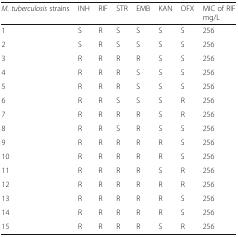
<table><thead><tr><td><b><i>M. tuberculosis</i> strains</b></td><td><b>INH</b></td><td><b>RIF</b></td><td><b>STR</b></td><td><b>EMB</b></td><td><b>KAN</b></td><td><b>OFX</b></td><td><b>MIC of RIF mg/L</b></td></tr></thead><tbody><tr><td>1</td><td>S</td><td>R</td><td>S</td><td>S</td><td>S</td><td>S</td><td>256</td></tr><tr><td>2</td><td>S</td><td>R</td><td>S</td><td>S</td><td>S</td><td>S</td><td>256</td></tr><tr><td>3</td><td>R</td><td>R</td><td>R</td><td>R</td><td>S</td><td>S</td><td>256</td></tr><tr><td>4</td><td>R</td><td>R</td><td>R</td><td>S</td><td>S</td><td>S</td><td>256</td></tr><tr><td>5</td><td>R</td><td>R</td><td>R</td><td>S</td><td>S</td><td>S</td><td>256</td></tr><tr><td>6</td><td>R</td><td>R</td><td>S</td><td>S</td><td>S</td><td>R</td><td>256</td></tr><tr><td>7</td><td>R</td><td>R</td><td>R</td><td>R</td><td>S</td><td>R</td><td>256</td></tr><tr><td>8</td><td>R</td><td>R</td><td>S</td><td>R</td><td>S</td><td>S</td><td>256</td></tr><tr><td>9</td><td>R</td><td>R</td><td>R</td><td>R</td><td>R</td><td>S</td><td>256</td></tr><tr><td>10</td><td>R</td><td>R</td><td>R</td><td>R</td><td>R</td><td>S</td><td>256</td></tr><tr><td>11</td><td>R</td><td>R</td><td>R</td><td>R</td><td>S</td><td>R</td><td>256</td></tr><tr><td>12</td><td>R</td><td>R</td><td>R</td><td>R</td><td>R</td><td>R</td><td>256</td></tr><tr><td>13</td><td>R</td><td>R</td><td>R</td><td>R</td><td>R</td><td>S</td><td>256</td></tr><tr><td>14</td><td>R</td><td>R</td><td>R</td><td>R</td><td>R</td><td>S</td><td>256</td></tr><tr><td>15</td><td>R</td><td>R</td><td>R</td><td>R</td><td>S</td><td>R</td><td>256</td></tr></tbody></table>